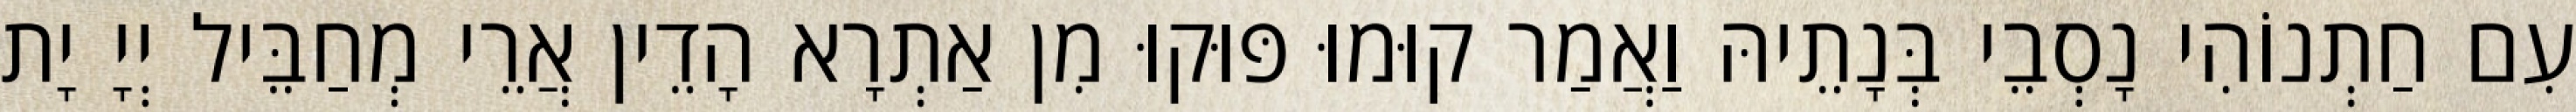
עִם חַתְנוֹהִי נָסְבֵי בְּנָתֵיהּ וַאֲמַר קוּמוּ פּוּקוּ מִן אַתְרָא הָדֵין אֲרֵי מְחַבֵּיל יְיָ יָת